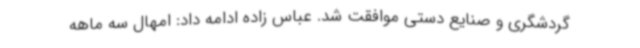
گردشگری و صنایع دستی موافقت شد. عباس زاده ادامه داد: امهال سه ماهه